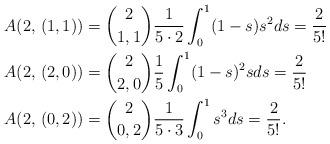
LaTeX: \begin{align*}A(2,\, (1,1))&= {2 \choose 1,1}\frac{1}{5\cdot 2}\int_{0}^{1}(1-s)s^2ds=\frac{2}{5!} \\A(2,\, (2,0))&= {2 \choose 2,0}\frac{1}{5}\int_{0}^{1}(1-s)^2sds= \frac{2}{5!}\\A(2,\, (0,2))&={2 \choose 0,2}\frac{1}{5\cdot3}\int_{0}^{1}s^3ds=\frac{2}{5!}.\end{align*}